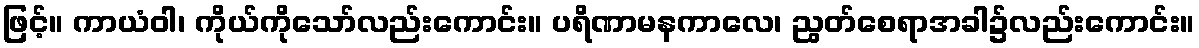
ဖြင့်။ ကာယံဝါ၊ ကိုယ်ကိုသော်လည်းကောင်း။ ပရိဏာမနကာလေ၊ ညွတ်စေရာအခါ၌လည်းကောင်း။